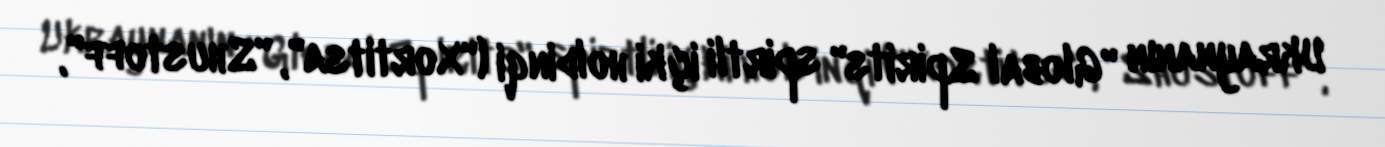
Ukraynanın "Global Spirits" spirtli içki holdinqi ("Xortitsa", "Shustoff",